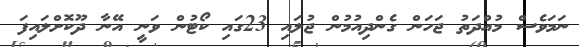
ނަމަވެސް މުއްދަތު ޖަހަން ގެންދިއުމުން ޖުލައި 23ގައި ކޯޓުން ވަނީ އޭނާ ދޫކޮށްލައިފަ